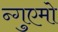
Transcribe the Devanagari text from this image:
न्गुएमो